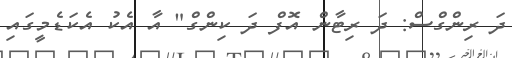
ދަ ރިންގްސް: ދަ ރިޓާން އޮފް ދަ ކިންގް" އާ އެކު އެކަޑެމީގައި